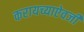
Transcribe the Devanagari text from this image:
करायच्याऐवजी